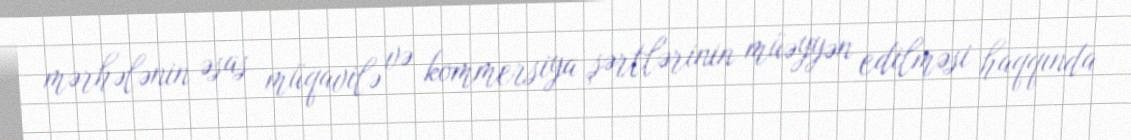
mərhələnin əsas müqavilə və kommersiya şərtlərinin müəyyən edilməsi haqqında